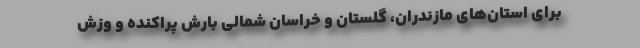
برای استان‌های مازندران، گلستان و خراسان شمالی بارش پراکنده و وزش